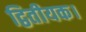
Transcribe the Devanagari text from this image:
द्वितीयक।